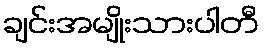
ချင်းအမျိုးသားပါတီ